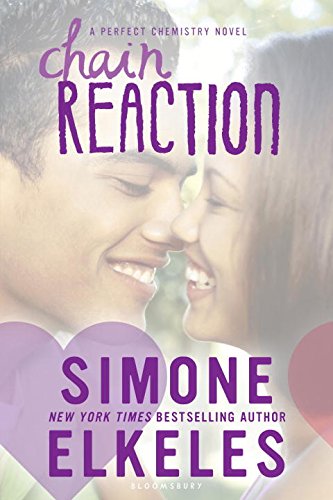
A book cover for Chain Reaction (A Perfect Chemistry Novel); Simone Elkeles; Teen & Young Adult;